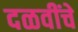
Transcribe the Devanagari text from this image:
दळवींचे